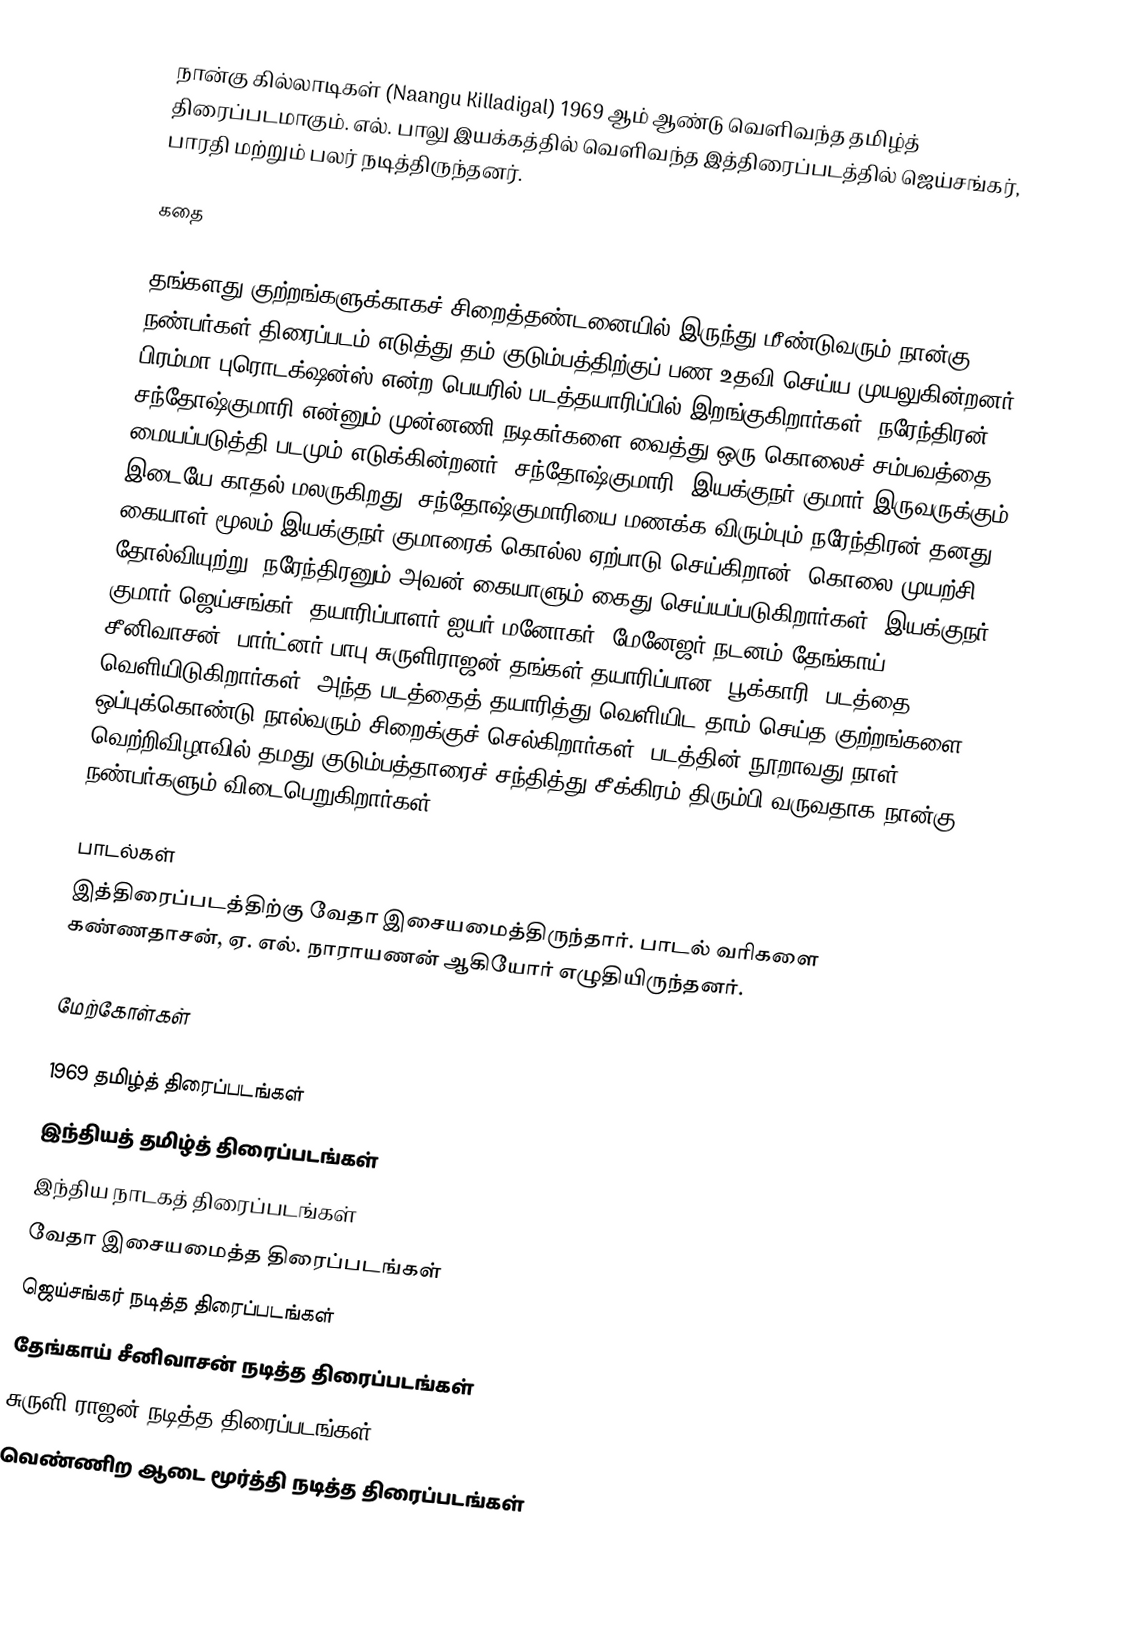
நான்கு கில்லாடிகள் (Naangu Killadigal) 1969 ஆம் ஆண்டு வெளிவந்த தமிழ்த் திரைப்படமாகும். எல். பாலு இயக்கத்தில் வெளிவந்த இத்திரைப்படத்தில் ஜெய்சங்கர், பாரதி மற்றும் பலர் நடித்திருந்தனர்.

கதை

தங்களது குற்றங்களுக்காகச் சிறைத்தண்டனையில்  இருந்து  மீண்டுவரும்  நான்கு  நண்பர்கள்  திரைப்படம் எடுத்து  தம்  குடும்பத்திற்குப்  பண  உதவி  செய்ய முயலுகின்றனர் . பிரம்மா  புரொடக்ஷன்ஸ் என்ற பெயரில் படத்தயாரிப்பில் இறங்குகிறார்கள். நரேந்திரன், சந்தோஷ்குமாரி என்னும் முன்னணி நடிகர்களை வைத்து ஒரு கொலைச் சம்பவத்தை மையப்படுத்தி  படமும் எடுக்கின்றனர். சந்தோஷ்குமாரி, இயக்குநர் குமார் இருவருக்கும் இடையே காதல் மலருகிறது. சந்தோஷ்குமாரியை மணக்க  விரும்பும் நரேந்திரன் தனது கையாள் மூலம் இயக்குநர் குமாரைக் கொல்ல ஏற்பாடு செய்கிறான். கொலை முயற்சி தோல்வியுற்று, நரேந்திரனும் அவன் கையாளும் கைது செய்யப்படுகிறார்கள். இயக்குநர் குமார் ஜெய்சங்கர், தயாரிப்பாளர் ஐயர் மனோகர், மேனேஜர்  நடனம் தேங்காய் சீனிவாசன், பார்ட்னர் பாபு சுருளிராஜன் தங்கள் தயாரிப்பான "பூக்காரி" படத்தை வெளியிடுகிறார்கள். அந்த படத்தைத் தயாரித்து வெளியிட தாம் செய்த குற்றங்களை ஒப்புக்கொண்டு நால்வரும் சிறைக்குச் செல்கிறார்கள். படத்தின் நூறாவது நாள் வெற்றிவிழாவில் தமது குடும்பத்தாரைச் சந்தித்து சீக்கிரம் திரும்பி வருவதாக நான்கு நண்பர்களும் விடைபெறுகிறார்கள்.

பாடல்கள்
இத்திரைப்படத்திற்கு வேதா இசையமைத்திருந்தார். பாடல் வரிகளை கண்ணதாசன், ஏ. எல். நாராயணன் ஆகியோர் எழுதியிருந்தனர்.

மேற்கோள்கள்

1969 தமிழ்த் திரைப்படங்கள்
இந்தியத் தமிழ்த் திரைப்படங்கள்
இந்திய நாடகத் திரைப்படங்கள்
வேதா இசையமைத்த திரைப்படங்கள்
ஜெய்சங்கர் நடித்த திரைப்படங்கள்
தேங்காய் சீனிவாசன் நடித்த திரைப்படங்கள்
சுருளி ராஜன் நடித்த திரைப்படங்கள்
வெண்ணிற ஆடை மூர்த்தி நடித்த திரைப்படங்கள்